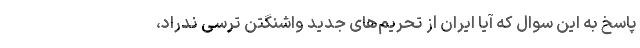
پاسخ به این سوال که آیا ایران از تحریم‌های جدید واشنگتن ترسی ندراد،